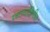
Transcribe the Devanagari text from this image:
रक्तवाहिनीत